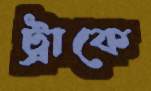
ট্রাকে